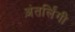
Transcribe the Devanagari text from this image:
अंतर्लिंगी